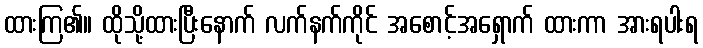
ထားကြ၏။ ထိုသို့ထားပြီးနောက် လက်နက်ကိုင် အစောင့်အရှောက် ထားကာ အားရပါးရ